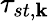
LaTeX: \tau_{st,\mathbf{k}}